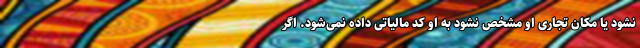
نشود یا مکان تجاری او مشخص نشود به او کد مالیاتی داده نمی‌شود. اگر